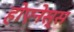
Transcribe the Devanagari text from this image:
होएनेस्स